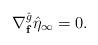
LaTeX: \begin{align*}\nabla^{\hat{g}}_{\mathbf{f}}\hat{\eta}_\infty = 0.\end{align*}